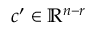
c ^ { \prime } \in \mathbb { R } ^ { n - r }